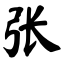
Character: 张